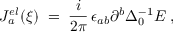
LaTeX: J _ { a } ^ { e l } ( \xi ) \; = \; \frac { i } { 2 \pi } \, \epsilon _ { a b } \partial ^ { b } \Delta _ { 0 } ^ { - 1 } E \; ,